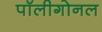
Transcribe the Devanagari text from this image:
पॉलीगोनल